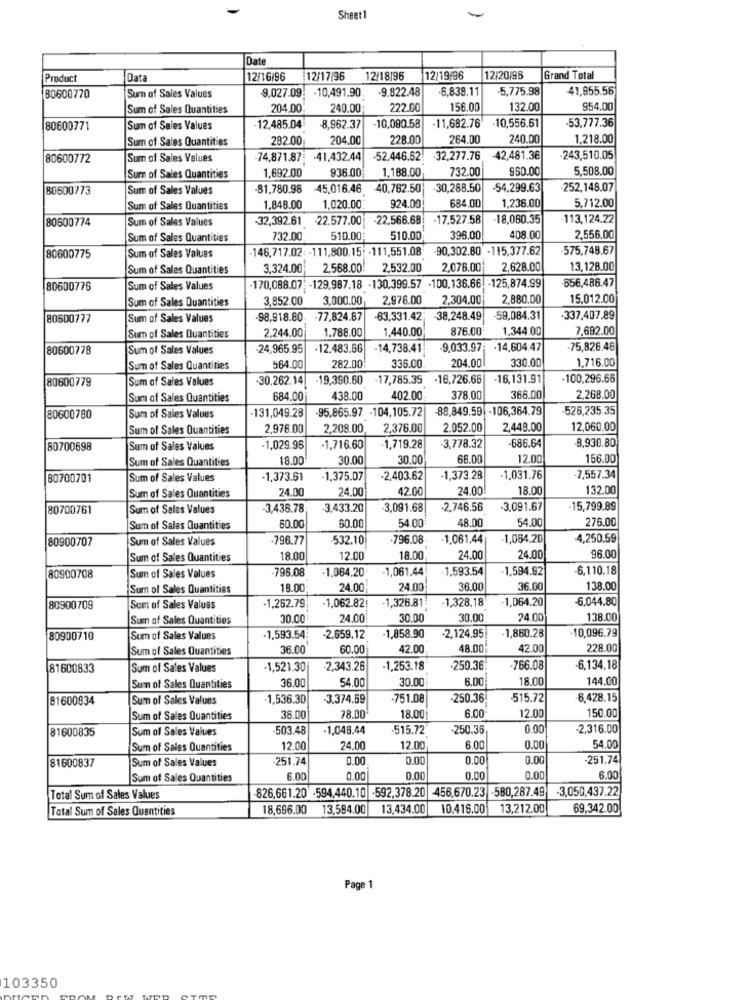
Sheet1
Date
Product
Data
12/16/96
12/17/96
12/18/96
12/19/96
12/20/96
Grand Total
9.027.09
10,491.90
-9.822.48
6.838.11
-5,775.98
41,955.56
80600770
Surn of Sales Values
Sum of Sales Quantities
204.00
240.00;
222.00
156.00
132.00
954.00
-53,777.36
80600771
Sum of Sales Values
-12,485.04
8,962.37
-10,080.58
-11,682.76
-10,556.61
Sum of Sales Quantities
282.00
204.00
228.00
264.00
240.00
1.218.00
80600772
Sum of Sales Values
-74,871.87
-41,432.44
-52.446.62!
.32,277.76, 42,481.36
243,510.05
1,692.00
936.00
1,188.00
732.00
960.00
5,508.00
Sum of Sales Quantities
80600773
Sum of Sales Values
81.780.98
-45,016.46
40,762.50
.30,288.50
-54,299.63
-252,148.07
924.00
684.00
1,236.00
5,712.00
Sum of Sales Quantities
1,848.00
1.020.00
Sum of Sales Values
-32,392.61
-22.577.00
-22,566.68
-17.527.58
-18,060.35
113,124.22
80600774
Sum of Sales Quantities
732.00
510.00
510.00
396.00
408.00
2,556.00
-146,717.02: - 111,800,15; - 111,551.08
90,302.80 -115,377.62
575.748.67
80600775
Sum of Sales Values
Sum of Sales Quantities
3,324.00
2.568.00
2,532.00
2,076.00
2,628.00
13,128.00
80600776
Sum of Sales Values
-170,088.07; - 129,987.18 - 130,399.57 -100,136.66. - 125,874.99
656,486.47
Sum of Sales Quantities
3,852.00
3,000.00
2,976.00
2,304.00
2,880.00
15.012.00
80500777
Sum of Sales Values
98,918.80
-77,824.87
-63,331.42
-38,248.49
59,084.31
-337,407.89
2,244.00
1.788.00
1,440.00
876.00
1.344.00
7,692.00
Sum of Sales Quantities
80600778
Sum of Sales Values
24,965.95
.12.483.66
-14,738.41
-9.033.97
-14,604.47
-75,826.46
1.716.00
Sum of Sales Quantities
564.00
282.00
336.00
204.00
330.00
80600779
Sum of Sales Values
.30,262.14
-19,390.60
.17,785.35
-16,726.66
-16,131.91
100,296.66
Sum of Sales Quantities
684.00
438.00
402.00
378.00
368.00
2,268.00
-131,049.28
-95,865.97 -104,105.72
-88,849.59 -106,364.79
-526,235.35
80600780
Sum of Sales Values
Sum of Sales Quantities
2,976.00
2,208.00,
2,376.00
2.052.00
2,448.00
12,060.00
8,930.80
80700698
Sum of Sales Values
1,029.96
-1,716.60
-1,719.28
-3,778.32
-686.64
Sum of Sales Quantities
18.00
30.00
30.00
66.00
120
156.00
30700701
Sum of Sales Values
-1,373.61
-1,375.07
-2,403.62
-1,373.28
-1,031.76
-7,557.34
24.00
24.00
42.00
24.00
18.00
132.00
Sum of Sales Quantities
80700761
Sum of Sales Values
3,436.78
3.433.20
3,091.68
-2,746.56
-3.091.67
15,799.89
60.00
48.00
54.00
276.00
Sum of Sales Quantities
60.00
54.00
80900707
Sum of Sales Values
-796.77
532.10
.796.08
-1.061.44
-1,064.20
4,250.59
Sum of Sales Quantities
18.00
2.00
18.00
24.00
24.00
96.00
-796.08
-1,064.20
1,061.44
1.593.54
-1,594.92
-6,110.18
80900708
Sum of Sales Values
Sum of Sales Quantities
18.00
24.00
24.00
36.00
36.00
138.00
-1,328.18
-1,064.20
-6,044.80
80900709
Sum of Sales Values
-1,262.79
-1,062.82
1,326.81
Sum of Sales Quantities
30.00
24.00
30.00
30.00
24.00
138.00
10,096.79
80900710
Sum of Sales Values
-1,593.54
-2,659.12
1.858.90
-2,124.95!
-1,860.28
Sum of Sales Quantities
36.00
50.00
42.00
48.00
42.00
228.00
81600833
Sum of Sales Values
-1,521.30
2,343.26
-1,253.18
-250.36
-766.08
-6,134.18
36.00
54.00
30.00
6.00
18.00
144.00
Sum of Sales Quantities
81600834
Sum of Sales Values
1,536.30
-3.374.69
-751.08
-250.36
515.72
6.428.15
78.00
Sum of Sales Quantities
36.00
18.00
6.00
12.00
150.00
81600835
Sum of Sales Values
503.48
-1,048.44
-515.72
-250.36
0.00
-2,316.00
Sum of Sales Quantities
12.00
24.00
12.00
6.00
0.00
54.00
81600837
Sum of Sales Values
-251.74
0.00
0.00
0.00
0.00
.251.74
Sum of Sales Quantities
6.00
0.00
0.00
0.00
0.00
6.00
826,661.20 -594,440.10 -592,378.20 -456,670.23 -580,287.49
-3,050,437,22
Total Sum of Sales Values
Total Sum of Sales Quantities
18,696.00
13,584.00
13,434.00
10.416.00
13,212.00
69,342.00
Page 1
103350